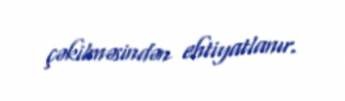
çəkilməsindən ehtiyatlanır.